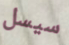
سيسل